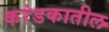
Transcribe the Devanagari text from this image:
करंडकातील